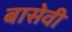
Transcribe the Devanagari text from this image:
बासेवी